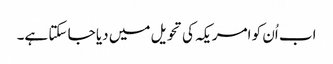
اب اُن کو امریکہ کی تحویل میں دیا جا سکتا ہے۔